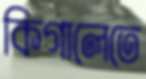
কিগালেতে